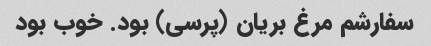
سفارشم مرغ بریان (پرسی) بود. خوب بود